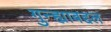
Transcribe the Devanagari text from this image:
गुन्ह्याबद्दल